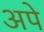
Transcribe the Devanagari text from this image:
अपे